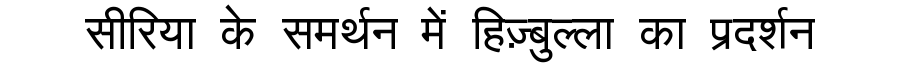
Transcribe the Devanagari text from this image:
सीरिया के समर्थन में हिज़्बुल्ला का प्रदर्शन